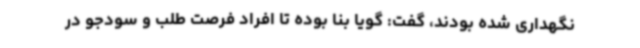
نگهداری شده بودند، گفت: گویا بنا بوده تا افراد فرصت طلب و سودجو در